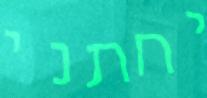
יחתני